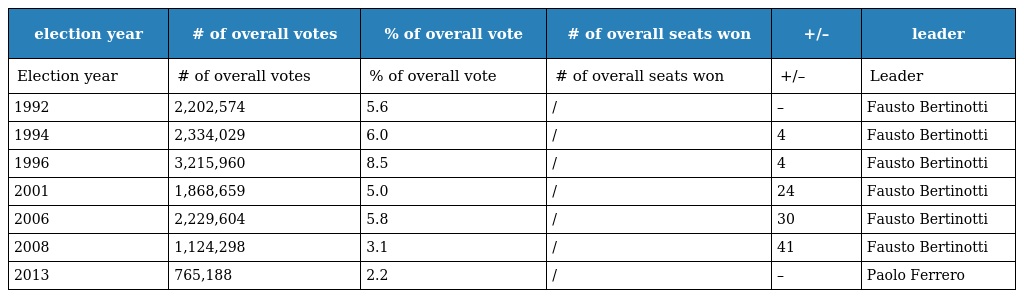
| election year | # of overall votes | % of overall vote | # of overall seats won | +/– | leader |
 | --- | --- | --- | --- | --- | --- |
 | Election year | # of overall votes | % of overall vote | # of overall seats won | +/– | Leader |
 | 1992 | 2,202,574 | 5.6 | / | – | Fausto Bertinotti |
 | 1994 | 2,334,029 | 6.0 | / | 4 | Fausto Bertinotti |
 | 1996 | 3,215,960 | 8.5 | / | 4 | Fausto Bertinotti |
 | 2001 | 1,868,659 | 5.0 | / | 24 | Fausto Bertinotti |
 | 2006 | 2,229,604 | 5.8 | / | 30 | Fausto Bertinotti |
 | 2008 | 1,124,298 | 3.1 | / | 41 | Fausto Bertinotti |
 | 2013 | 765,188 | 2.2 | / | – | Paolo Ferrero |